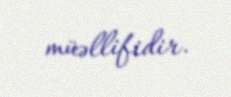
müəllifidir.